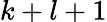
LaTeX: k+l+1